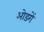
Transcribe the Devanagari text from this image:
ओडगें